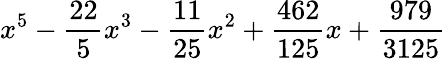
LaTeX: x^{5}-{\frac{22}{5}}x^{3}-{\frac{11}{25}}x^{2}+{\frac{462}{125}}x+{\frac{979}{3125}}